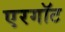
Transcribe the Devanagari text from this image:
एरगॉट